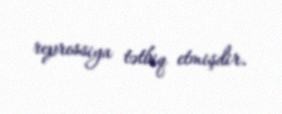
repressiya tətbiq etmişdir.